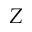
Z